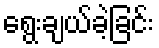
ရွေးချယ်ခဲ့ခြင်း